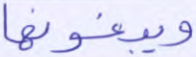
ويبغونها